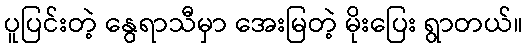
ပူပြင်းတဲ့ နွေရာသီမှာ အေးမြတဲ့ မိုးပြေး ရွာတယ်။